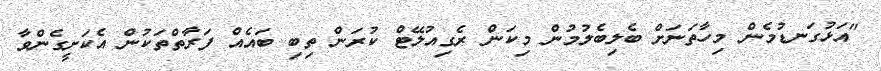
"އަޅުގަނޑުމެން މިހާތަނަށް ބެލިބެލުމުން މިކަން ރެގިއުލޭޓް ކުރަން ތިބި ބައެއް ފަރާތްތަކުން އެކަށީގެންވާ